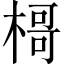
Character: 𣘁